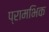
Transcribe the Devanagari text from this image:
प्रामभिक